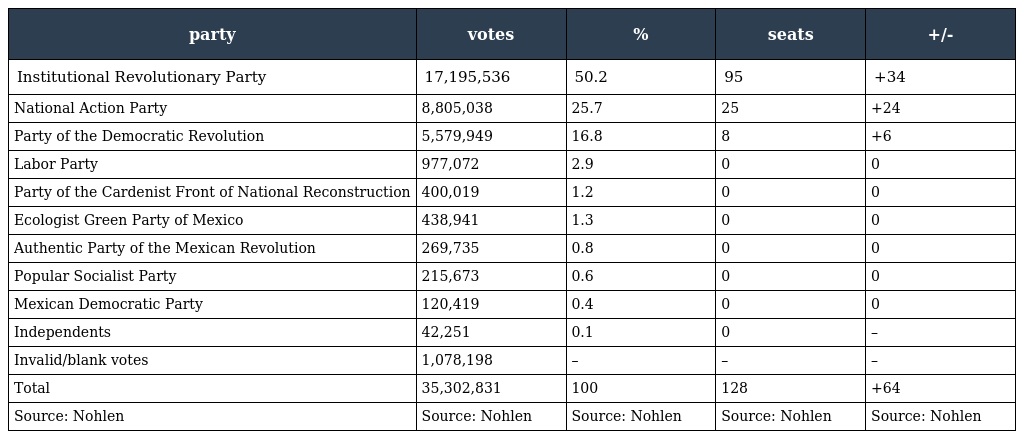
| party | votes | % | seats | +/- |
 | --- | --- | --- | --- | --- |
 | Institutional Revolutionary Party | 17,195,536 | 50.2 | 95 | +34 |
 | National Action Party | 8,805,038 | 25.7 | 25 | +24 |
 | Party of the Democratic Revolution | 5,579,949 | 16.8 | 8 | +6 |
 | Labor Party | 977,072 | 2.9 | 0 | 0 |
 | Party of the Cardenist Front of National Reconstruction | 400,019 | 1.2 | 0 | 0 |
 | Ecologist Green Party of Mexico | 438,941 | 1.3 | 0 | 0 |
 | Authentic Party of the Mexican Revolution | 269,735 | 0.8 | 0 | 0 |
 | Popular Socialist Party | 215,673 | 0.6 | 0 | 0 |
 | Mexican Democratic Party | 120,419 | 0.4 | 0 | 0 |
 | Independents | 42,251 | 0.1 | 0 | – |
 | Invalid/blank votes | 1,078,198 | – | – | – |
 | Total | 35,302,831 | 100 | 128 | +64 |
 | Source: Nohlen | Source: Nohlen | Source: Nohlen | Source: Nohlen | Source: Nohlen |